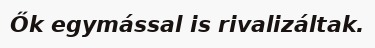
Ők egymással is rivalizáltak.